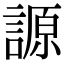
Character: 謜